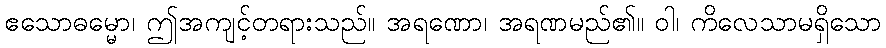
ဧသောဓမ္မော၊ ဤအကျင့်တရားသည်။ အရဏော၊ အရဏမည်၏။ ဝါ၊ ကိလေသာမရှိသော